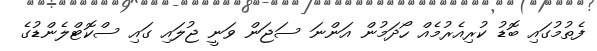
ފެތުމުގައި ބޮޑު ކުރިއެރުމެއް ހޯދަމުން އަންނަ ސަޖަން ވަނީ ޖުލައި ގައި ސްކޮޓްލެންޑުގެ